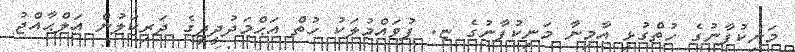
މަނިކުފާނުގެ ހުތްގުޅި އާމިނާ މަނިކުފާނުގެ ޏ. ފުވައްމުލަކު ހުތް އަޙްމަދުދީދީގެ ދަރިކަލުން އަލްޙާއްޖު